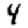
Digit: 4